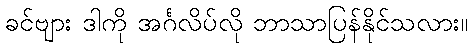
ခင်ဗျား ဒါကို အင်္ဂလိပ်လို ဘာသာပြန်နိုင်သလား။